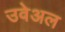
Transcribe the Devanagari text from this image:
उवेअल